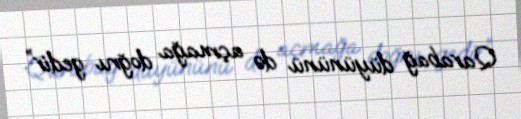
Qarabağ düyününü də açmağa doğru gedir”.